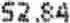
52.84